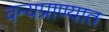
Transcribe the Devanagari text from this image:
वन्यप्राण्यात